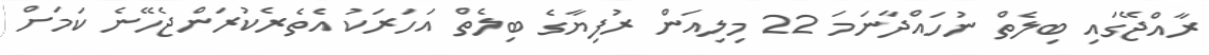
ރާއްޖޭގައި ބިލެތް ނުހައްދާނަމަ 22 މިލިއަން ރުފިޔާގެ ބިލެތް އަހަރަކު އެތެރެކުރަންޖެހޭނެ ކަމަށް